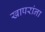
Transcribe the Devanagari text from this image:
खापरांना